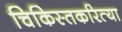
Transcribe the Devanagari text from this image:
चिकिस्तकरित्या